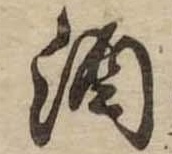
酒